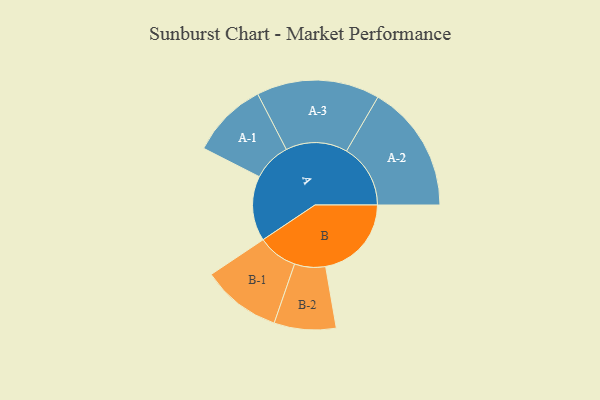
{"axis": {"x": "Segment", "y": "Value"}, "legend": ["", "A", "B"], "data": [{"x": "A", "y": 250, "type": ""}, {"x": "B", "y": 330, "type": ""}, {"x": "A-1", "y": 147, "type": "A"}, {"x": "A-2", "y": 246, "type": "A"}, {"x": "A-3", "y": 237, "type": "A"}, {"x": "B-1", "y": 153, "type": "B"}, {"x": "B-2", "y": 119, "type": "B"}]}